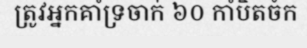
ត្រូវអ្នកគាំទ្រចាក់ ៦០ កាំបិតចំក